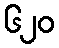
၆၂၀